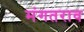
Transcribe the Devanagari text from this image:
मंगतराव